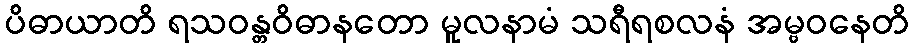
ပိဓာယာတိ ရသဝန္တဝိဓာနတော မူလနာမံ သရီရစလနံ အမ္ဗဝနေတိ